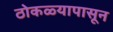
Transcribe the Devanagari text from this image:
ठोकळ्यापासून